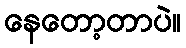
နေတော့တာပဲ။